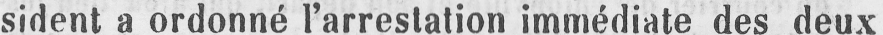
sident a ordonné l’arrestation immédiate des deux